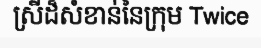
ស្រីដ៏សំខាន់នៃក្រុម Twice